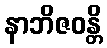
နာဘိဇဝန္တိ